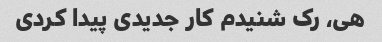
هی، رک شنیدم کار جدیدی پیدا کردی